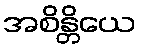
အစိန္တိယေ